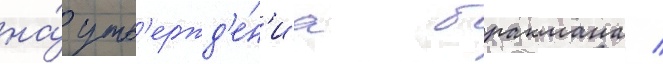
на́ утв'ержд'е́н'иа бракмана /